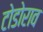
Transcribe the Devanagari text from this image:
टोडोराव